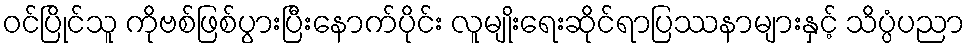
ဝင်ပြိုင်သူ ကိုဗစ်ဖြစ်ပွားပြီးနောက်ပိုင်း လူမျိုးရေးဆိုင်ရာပြဿနာများနှင့် သိပ္ပံပညာ